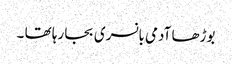
بوڑھا آدمی بانسری بجا رہا تھا ۔